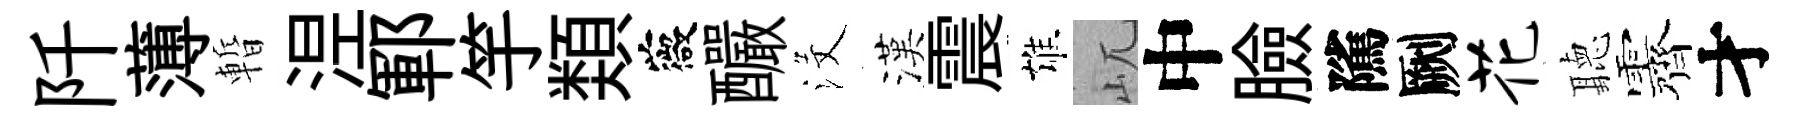
阡薄暫𣵀鄆竽𩔖薇釅沒漢震雄屼中臉隲劂花聽露才